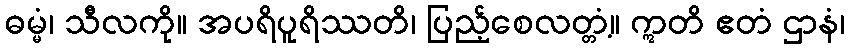
ဓမ္မံ၊ သီလကို။ အပရိပူရိဿတိ၊ ပြည့်စေလတ္တံ့။ ဣတိ ဧတံ ဌာနံ၊